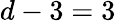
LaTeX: d-3=3